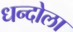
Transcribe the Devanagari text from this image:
धन्दोला